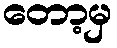
တော့မှ